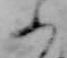
ふ